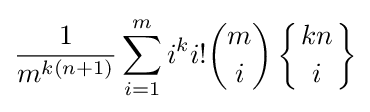
{\frac {1}{m^{k(n+1)}}}\sum _{i=1}^{m}i^{k}i!{m \choose i}\left\{{kn \atop i}\right\}